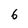
Character: 6